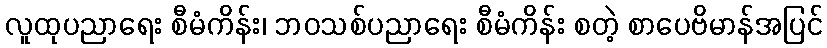
လူထုပညာရေး စီမံကိန်း၊ ဘဝသစ်ပညာရေး စီမံကိန်း စတဲ့ စာပေဗိမာန်အပြင်